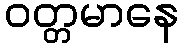
ဝတ္တမာနေ